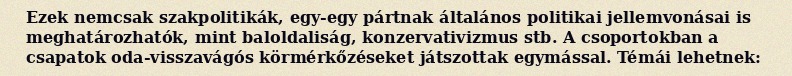
Ezek nemcsak szakpolitikák, egy-egy pártnak általános politikai jellemvonásai is meghatározhatók, mint baloldaliság, konzervativizmus stb. A csoportokban a csapatok oda-visszavágós körmérkőzéseket játszottak egymással. Témái lehetnek: